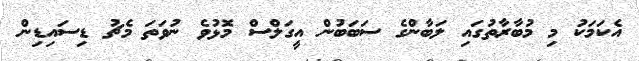
އެކަމަކު މި މުބާރާތުގައި ލަބާންގެ ސަބަބުން އީގަލްސް މޮޅުވެ ނުވަތަ މެޗު ޑިސައިޑިން